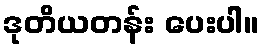
ဒုတိယတန်း ပေးပါ။